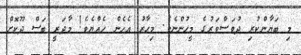
މި ބަޔާންކުރި ދުވަސްވަރުގެ މީހުންނެވެ. މިހާރު އެހެން ހެއްޔެވެ! މާދަރީ ބަސް ދޫކޮށް